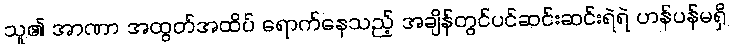
သူ၏ အာဏာ အထွတ်အထိပ် ရောက်နေသည့် အချိန်တွင်ပင်ဆင်းဆင်းရဲရဲ ဟန်ပန်မရှိ